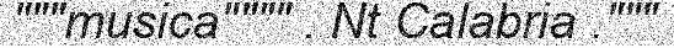
"""musica"""" . Nt Calabria ."""